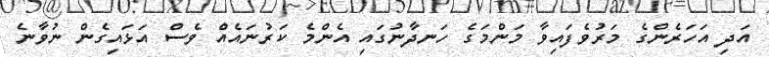
އަދި އަހަރެންގެ މަރުވެފައިވާ މަންމަގެ ހަނދާނުގައި އެންމެ ކަރުނައެއް ވެސް އަޅައިގެން ނުވާނެ